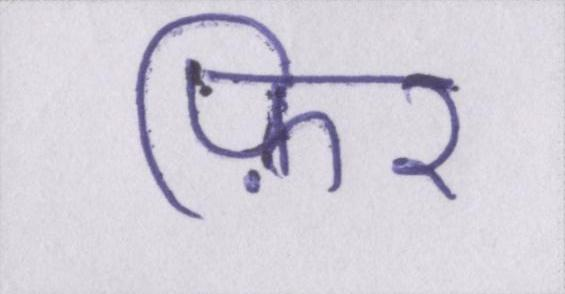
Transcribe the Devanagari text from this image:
फ़िर